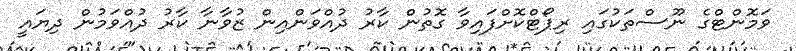
ވަމޮންޓްގެ ނޫސްތަކުގައި ރިޕޯޓްކޮށްފައިވާ ގޮތުން ކާރު ދުއްވަންއިން ޒުވާނާ ކާރު ދުއްވަމުން ދިޔައީ